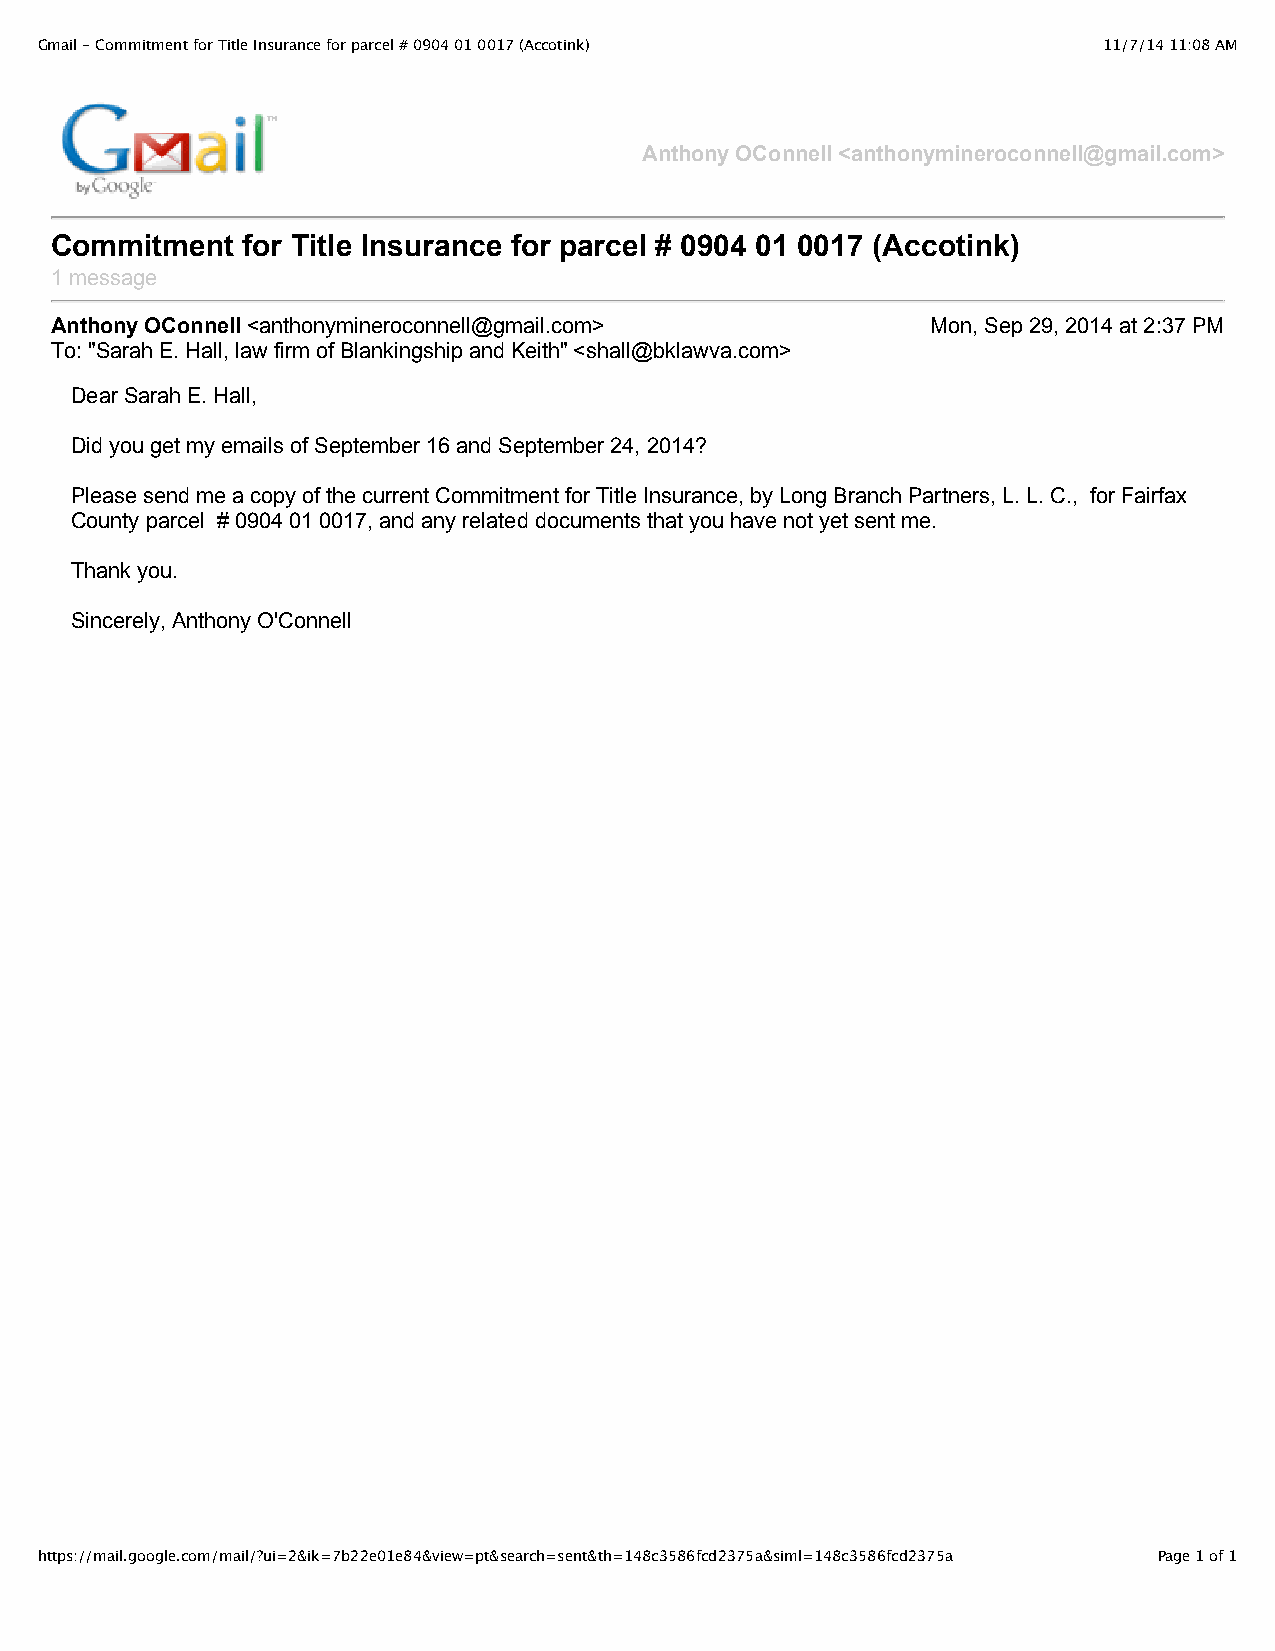
Gmail - Commitment for Title Insurance for parcel # 0904 01 0017 (Accotink) 11/7/14 11:08 AM
 Anthony OConnell <anthonymineroconnell@gmail.com>
 Commitment   for Title Insurance for parcel # 0904 01 0017 (Accotink)
 1 message
 Anthony OConnell <anthonymineroconnell@gmail.com>          Mon, Sep 29, 2014 at 2:37 PM
 To: "Sarah E. Hall, law firm of Blankingship and Keith" <shall@bklawva.com>
 Dear Sarah E. Hall,
 Did you get my emails of September 16 and September 24, 2014?
 Please send me a copy of the current Commitment for Title Insurance, by Long Branch Partners, L. L. C., for Fairfax
 County parcel # 0904 01 0017, and any related documents that you have not yet sent me.
 Thank you.
 Sincerely, Anthony O'Connell
 https://mail.google.com/mail/?ui=2&ik=7b22e01e84&view=pt&search=sent&th=148c3586fcd2375a&siml=148c3586fcd2375a Page 1 of 1